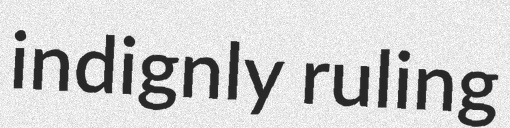
indignly ruling